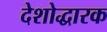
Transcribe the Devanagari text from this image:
देशोद्धारक